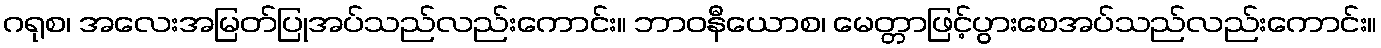
ဂရုစ၊ အလေးအမြတ်ပြုအပ်သည်လည်းကောင်း။ ဘာဝနီယောစ၊ မေတ္တာဖြင့်ပွားစေအပ်သည်လည်းကောင်း။